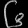
Digit: ၆